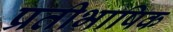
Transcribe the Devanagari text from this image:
प्रतीभाषिक